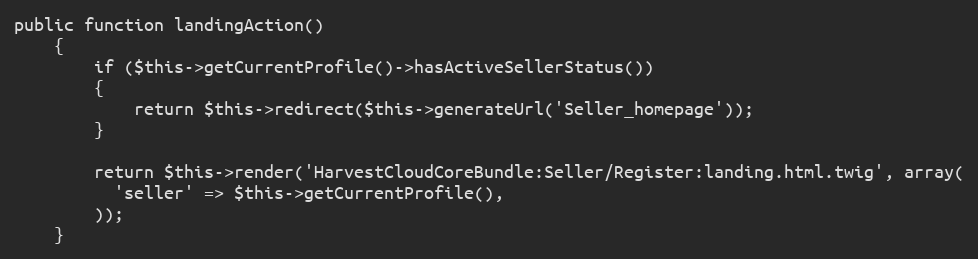
Language: PHP
public function landingAction()
    {
        if ($this->getCurrentProfile()->hasActiveSellerStatus())
        {
            return $this->redirect($this->generateUrl('Seller_homepage'));
        }

        return $this->render('HarvestCloudCoreBundle:Seller/Register:landing.html.twig', array(
          'seller' => $this->getCurrentProfile(),
        ));
    }